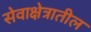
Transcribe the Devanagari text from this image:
सेवाक्षेत्रातील